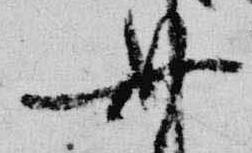
無